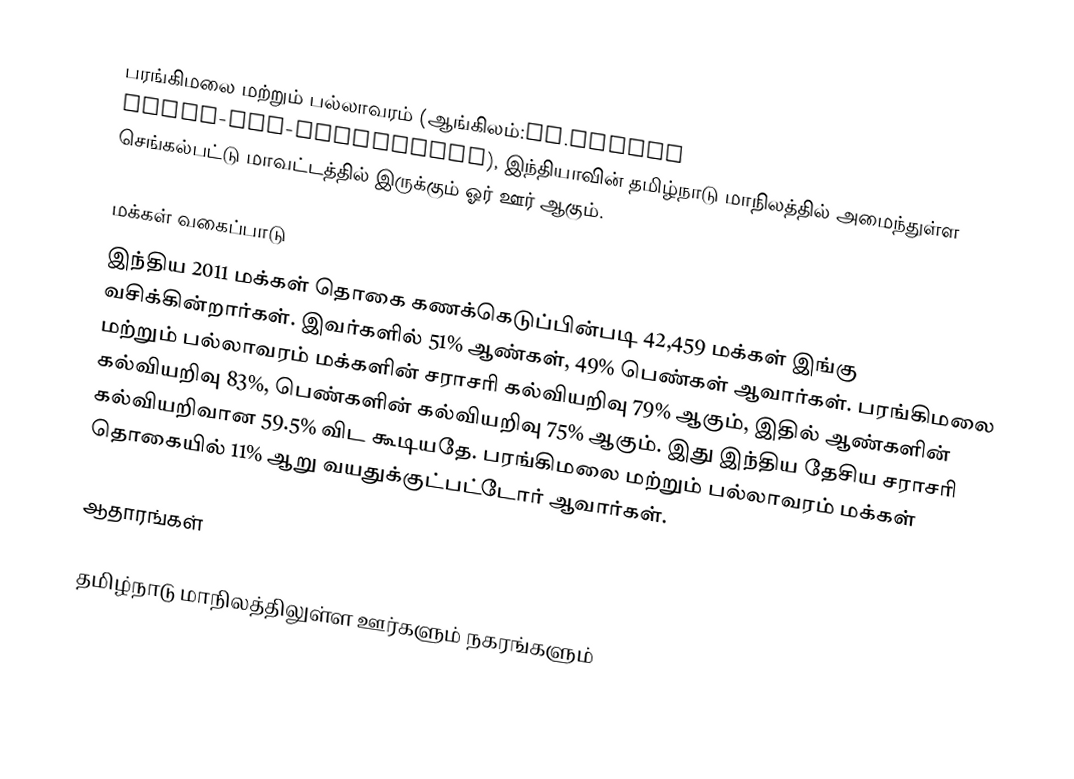
பரங்கிமலை மற்றும் பல்லாவரம் (ஆங்கிலம்:St.Thomas Mount-cum-Pallavaram), இந்தியாவின் தமிழ்நாடு மாநிலத்தில் அமைந்துள்ள செங்கல்பட்டு மாவட்டத்தில் இருக்கும் ஓர் ஊர் ஆகும்.

மக்கள் வகைப்பாடு
இந்திய 2011 மக்கள் தொகை கணக்கெடுப்பின்படி 42,459 மக்கள் இங்கு வசிக்கின்றார்கள். இவர்களில் 51% ஆண்கள், 49% பெண்கள் ஆவார்கள். பரங்கிமலை மற்றும் பல்லாவரம் மக்களின் சராசரி கல்வியறிவு 79% ஆகும்,  இதில் ஆண்களின் கல்வியறிவு 83%,  பெண்களின் கல்வியறிவு 75% ஆகும். இது இந்திய தேசிய சராசரி கல்வியறிவான 59.5% விட கூடியதே. பரங்கிமலை மற்றும் பல்லாவரம் மக்கள் தொகையில் 11%  ஆறு வயதுக்குட்பட்டோர் ஆவார்கள்.

ஆதாரங்கள்

 தமிழ்நாடு மாநிலத்திலுள்ள ஊர்களும் நகரங்களும்